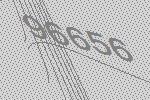
96656